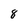
Character: 8